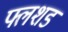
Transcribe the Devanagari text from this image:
फ्लशड